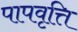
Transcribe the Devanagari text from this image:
पापवृत्ति